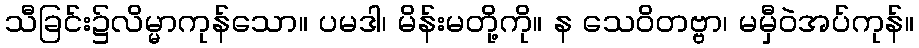
သီခြင်း၌လိမ္မာကုန်သော။ ပမဒါ၊ မိန်းမတို့ကို။ န သေဝိတဗ္ဗာ၊ မမှီဝဲအပ်ကုန်။